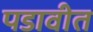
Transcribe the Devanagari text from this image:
पडावीत